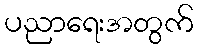
ပညာရေးအတွက်